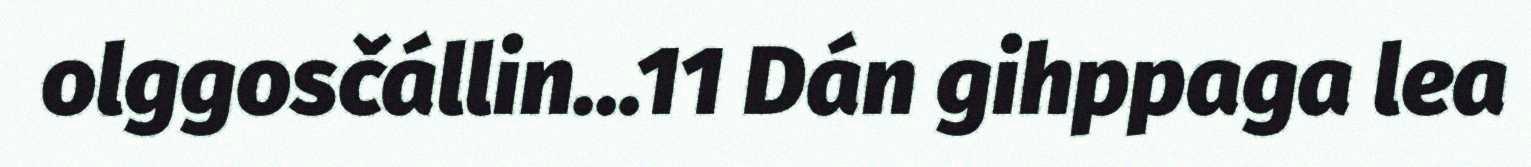
olggosčállin...11 Dán gihppaga lea